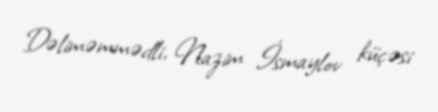
Dəliməmmədli, Nazim İsmaylov küçəsi